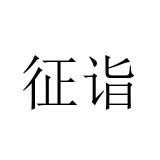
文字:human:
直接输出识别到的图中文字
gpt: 征诣